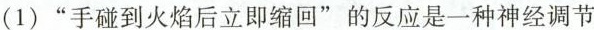
（1）“手碰到火焰后立即缩回”的反应是一种神经调节